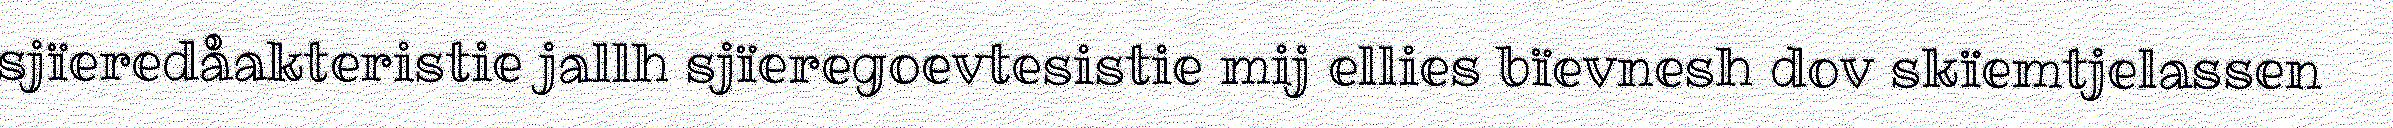
sjïeredåakteristie jallh sjïeregoevtesistie mij ellies bïevnesh dov skïemtjelassen